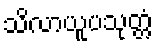
သိလာယူပသုတ္တံ